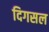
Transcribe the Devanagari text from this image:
दिगसल